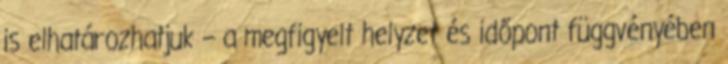
is elhatározhatjuk – a megfigyelt helyzet és időpont függvényében